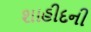
શાહીદની